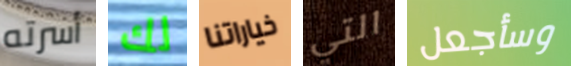
أسرته لك خياراتنا التي وسأجعل